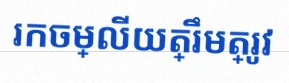
រកចម្លើយត្រឹមត្រូវ